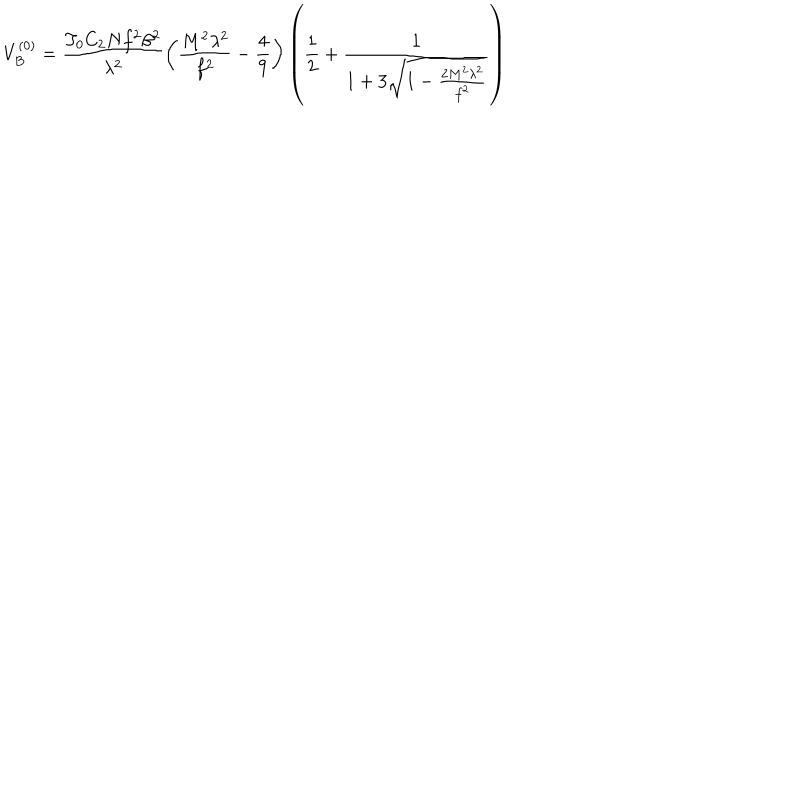
V _ { B } ^ { ( 0 ) } = \frac { T _ { 0 } C _ { 2 } N f ^ { 2 } \beta ^ { 2 } } { \lambda ^ { 2 } } \left( \frac { M ^ { 2 } \lambda ^ { 2 } } { f ^ { 2 } } - \frac { 4 } { 9 } \right) \left( \frac { 1 } { 2 } + \frac { 1 } { 1 + 3 \sqrt { 1 - \frac { 2 M ^ { 2 } \lambda ^ { 2 } } { f ^ { 2 } } } } \right)